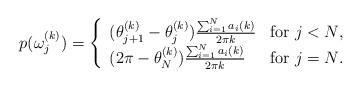
LaTeX: \begin{align*}p(\omega_j^{(k)})=\left\{ \begin{array}{ll}(\theta_{j+1}^{(k)}-\theta_{j}^{(k)})\frac{\sum_{i=1}^N a_i(k)}{2\pi k} & \textrm{for $j<N$,}\\(2\pi-\theta_{N}^{(k)})\frac{\sum_{i=1}^N a_i(k)}{2\pi k} & \textrm{for $j=N$.}\end{array} \right.\end{align*}